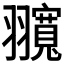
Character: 𦒨